Tezpur Lunatic Asylum reports 1895-1904 - 1895-1904
Year: 1895
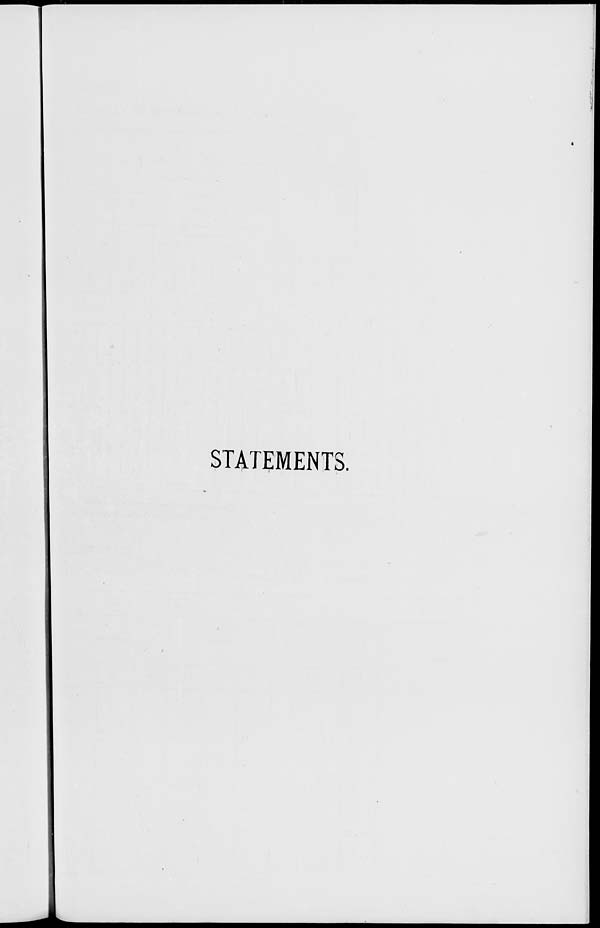
STATEMENTS.